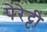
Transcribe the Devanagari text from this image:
पेरेट्टी